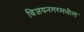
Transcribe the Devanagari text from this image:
विजयनगरमधील